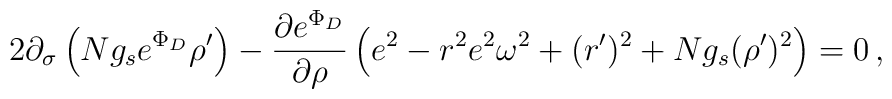
2 \partial_\sigma\left(N g_s e^{\Phi_D} \rho^\prime \right) - \frac{\partial e^{\Phi_D}}{\partial \rho}\left( e^2-r^2 e^2 \omega^2+ (r^\prime)^2 + N g_s (\rho^\prime)^2 \right) = 0\,,